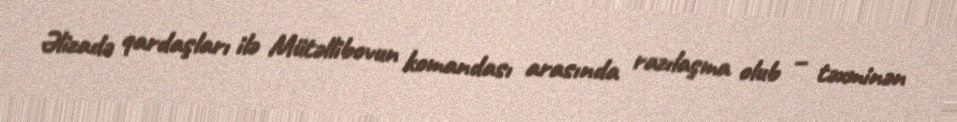
Əlizadə qardaşları ilə Mütəllibovun komandası arasında razılaşma olub – təxminən